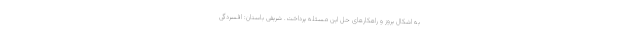
به اشکال بروز و راهکارهای حل این مسئله پرداخت. شریفی باستان: افسردگی